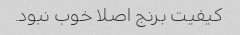
کیفیت برنج اصلا خوب نبود.